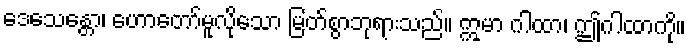
ဒေသေန္တော၊ ဟောတော်မူလိုသော မြတ်စွာဘုရားသည်။ ဣမာ ဂါထာ၊ ဤဂါထာကို။